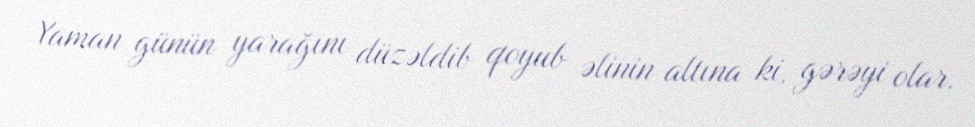
Yaman günün yarağını düzəldib qoyub əlinin altına ki, gərəyi olar.